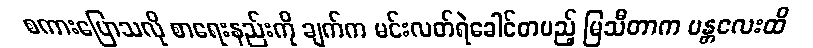
စကားပြောသလို စာရေးနည်းကို ချက်က မင်းလတ်ရဲခေါင်တပည့် မြသီတာက မန္တလေးထိ